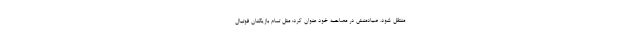
منتقل شود. صیادمنش در مصاحبه خود عنوان کرد: مثل تمام بازیکنان فوتبال